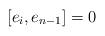
LaTeX: \begin{align*}[e_i, e_{n-1}]=0\end{align*}